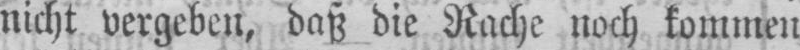
nicht vergeben, daß die Rache noch kommen